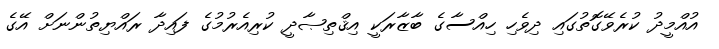
އުއްމީދު ކުރެވޭގޮތުގައި ދިވެހި ހިއްސާގެ ބާޒާރަކީ އިޤްތިޞާދީ ކުރިއެރުމުގެ ފައިދާ ރައްޔިތުންނަށް އޭގެ